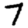
Digit: 7